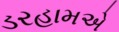
ડરહામએ